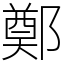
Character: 鄭